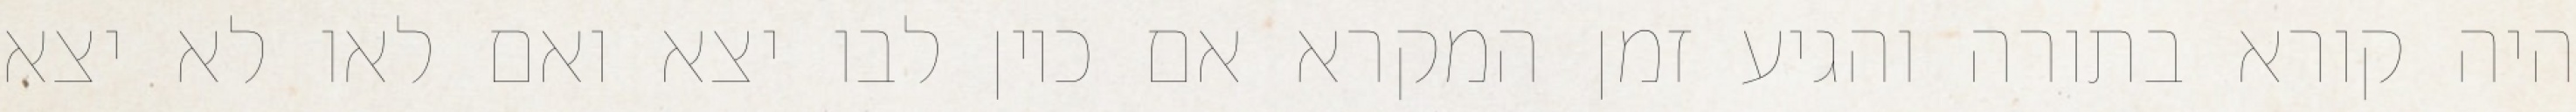
היה קורא בתורה והגיע זמן המקרא אם כיון לבו יצא ואם לאו לא יצא